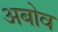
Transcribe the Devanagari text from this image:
अबोव